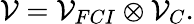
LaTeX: \mathcal{V}=\mathcal{V}_{FCI}\otimes\mathcal{V}_{C}.